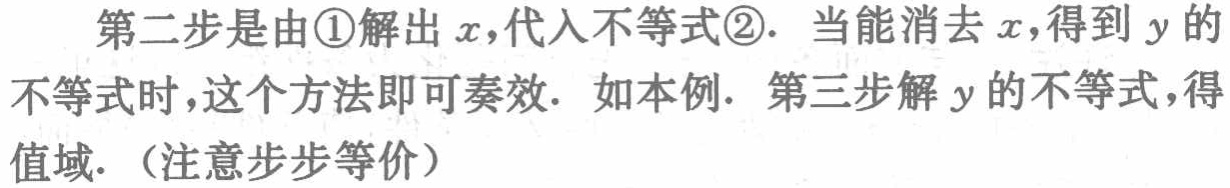
第二步是由\textcircled{1}解出\(x\)，代入不等式\textcircled{2}. 当能消去\(x\)，得到\(y\)的不等式时，这个方法即可奏效. 如本例. 第三步解\(y\)的不等式，得值域. （注意步步等价）